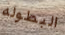
البطوله